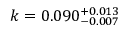
k = 0 . 0 9 0 _ { - 0 . 0 0 7 } ^ { + 0 . 0 1 3 }